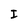
Character: I